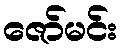
ဇော်မင်း